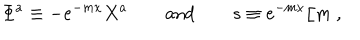
LaTeX: \Phi ^ { a } \equiv - e ^ { - m x } X ^ { a } \qquad \mathrm { a n d } \qquad s \equiv e ^ { - m x } / m \ ,